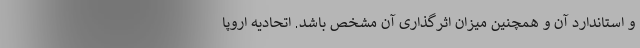
و استاندارد آن و همچنین میزان اثرگذاری آن مشخص باشد. اتحادیه اروپا